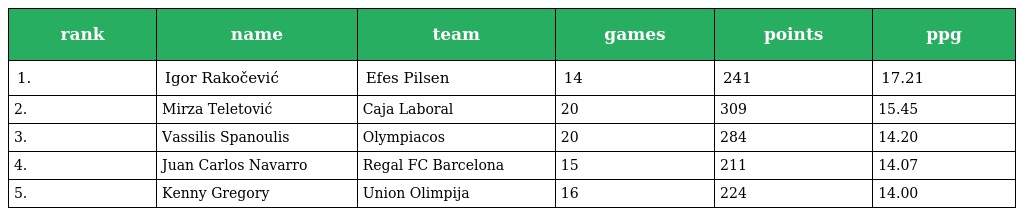
| rank | name | team | games | points | ppg |
 | --- | --- | --- | --- | --- | --- |
 | 1. | Igor Rakočević | Efes Pilsen | 14 | 241 | 17.21 |
 | 2. | Mirza Teletović | Caja Laboral | 20 | 309 | 15.45 |
 | 3. | Vassilis Spanoulis | Olympiacos | 20 | 284 | 14.20 |
 | 4. | Juan Carlos Navarro | Regal FC Barcelona | 15 | 211 | 14.07 |
 | 5. | Kenny Gregory | Union Olimpija | 16 | 224 | 14.00 |